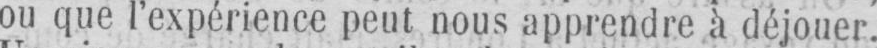
ou que l’expérience peut nous apprendre à déjouer.